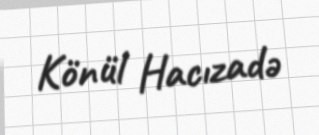
Könül Hacızadə